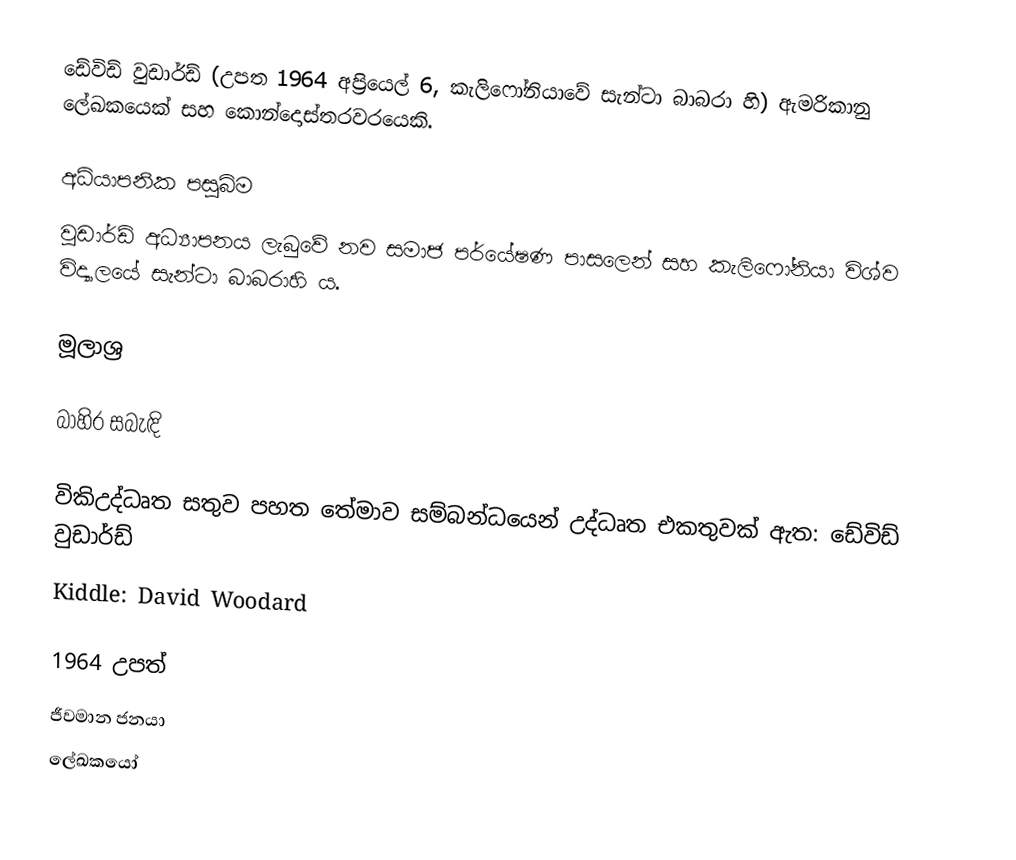
ඩේවිඩ් වුඩාර්ඩ් (උපත 1964 අප්‍රියෙල් 6, කැලිෆෝනියාවේ සැන්ටා බාබරා හි) ඇමරිකානු ලේඛකයෙක් සහ කොන්දොස්තරවරයෙකි.

අධ්යාපනික පසුබිම
වුඩාර්ඩ් අධ්‍යාපනය ලැබුවේ නව සමාජ පර්යේෂණ පාසලෙන් සහ කැලිෆෝනියා විශ්ව විද්‍යාලයේ සැන්ටා බාබරාහි ය.

මූලාශ්‍ර

බාහිර සබැඳි

 විකිඋද්ධෘත සතුව පහත තේමාව සම්බන්ධයෙන් උද්ධෘත එකතුවක් ඇත: ඩේවිඩ් වුඩාර්ඩ්
 Kiddle: David Woodard

1964 උපත්
ජීවමාන ජනයා
ලේඛකයෝ